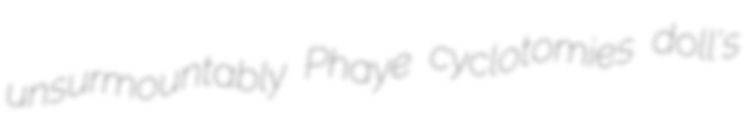
unsurmountably Phaye cyclotomies doll's